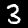
Label: 3